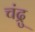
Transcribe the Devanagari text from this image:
चंद्रु